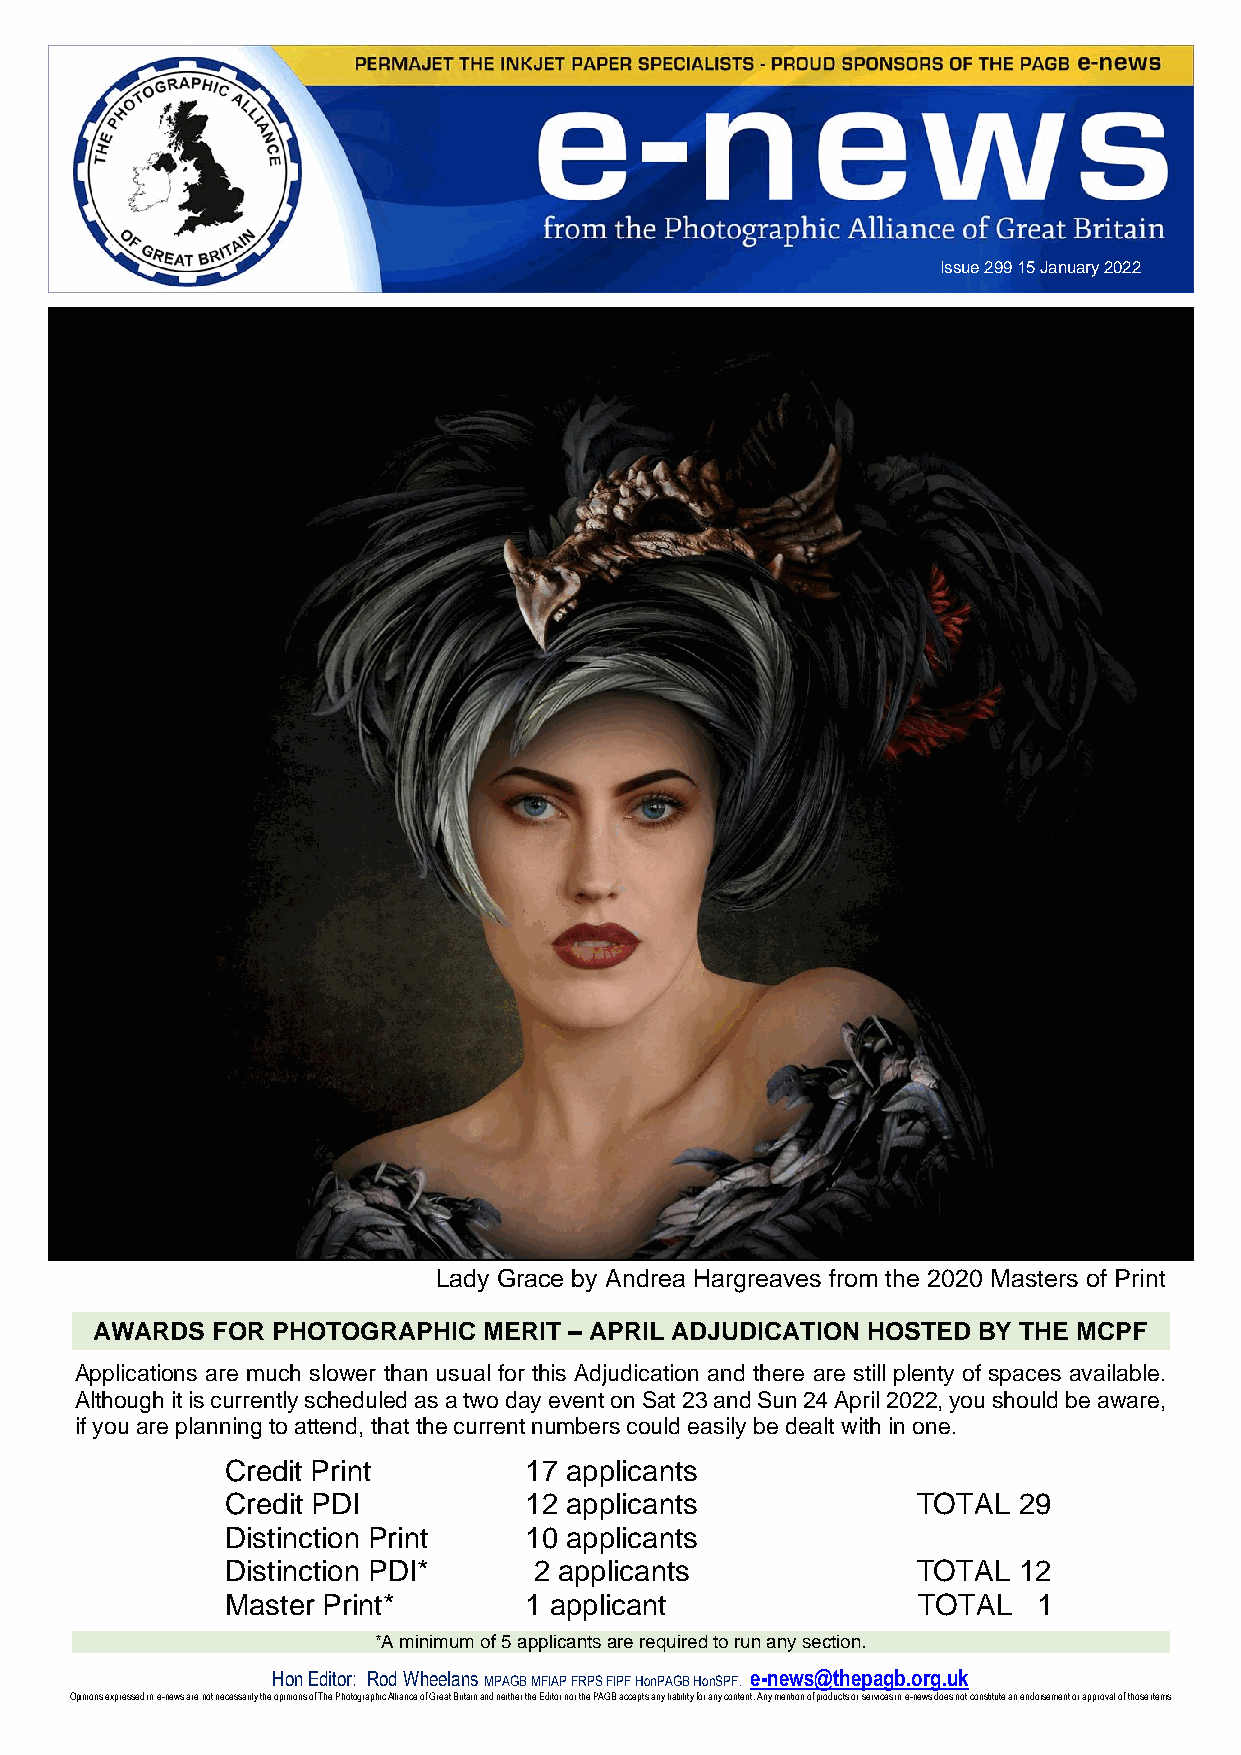
Issue 299 15 January 2022
 Lady Grace by Andrea Hargreaves from the 2020 Masters of Print
 AWARDS  FOR PHOTOGRAPHIC  MERIT – APRIL ADJUDICATION HOSTED BY THE MCPF
 Applications are much slower than usual for this Adjudication and there are still plenty of spaces available.
 Although it is currently scheduled as a two day event on Sat 23 and Sun 24 April 2022, you should be aware,
 if you are planning to attend, that the current numbers could easily be dealt with in one.
 Credit Print        17 applicants
 Credit PDI          12 applicants             TOTAL 29
 Distinction Print   10 applicants
 Distinction PDI*    2 applicants              TOTAL 12
 Master Print*       1 applicant               TOTAL   1
 *A minimum of 5 applicants are required to run any section.
 Hon Editor: Rod Wheelans MPAGB MFIAP FRPS FIPF HonPAGB HonSPF. e-news@thepagb.org.uk
 Opinions expressed in e-news are not necessarily the opinions of The Photographic Alliance of Great Britain and neither the Editor nor the PAGB accepts any liability for any content. Any mention of products or services in e-news does not constitute an endorsement or approval of those items